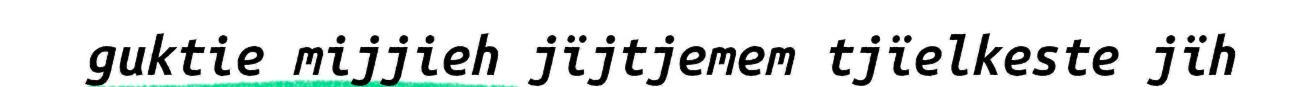
guktie mijjieh jïjtjemem tjïelkeste jïh